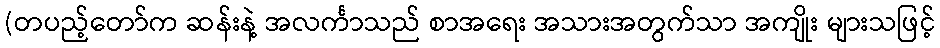
(တပည့်တော်က ဆန်းနဲ့ အလင်္ကာသည် စာအရေး အသားအတွက်သာ အကျိုး များသဖြင့်